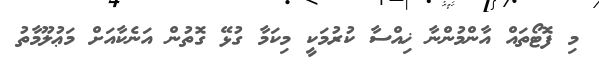
މި ފޮޓޯތައް އާންމުންނާ ޚިއްސާ ކުރުމަކީ މިކަމާ ގުޅޭ ގޮތުން އަނެކާއަށް މަޢުލޫމާތު